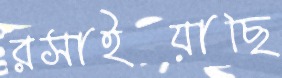
রসাইয়াছি